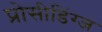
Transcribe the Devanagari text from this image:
प्रोसीडिंग्ज